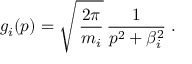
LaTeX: g _ { i } ( p ) = \sqrt { \, \frac { 2 \pi } { m _ { i } } } \, \frac { 1 } { p ^ { 2 } + \beta _ { i } ^ { 2 } } \; .